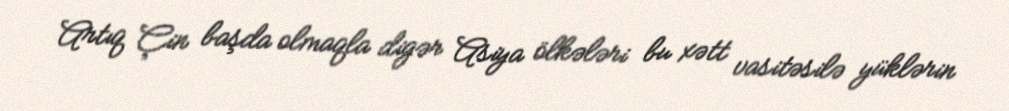
Artıq Çin başda olmaqla digər Asiya ölkələri bu xətt vasitəsilə yüklərin